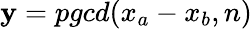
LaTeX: \mathbf{y}=pgcd(x_{a}-x_{b},n)